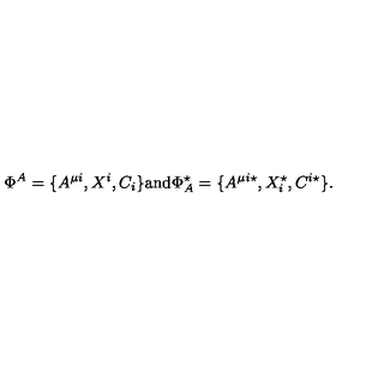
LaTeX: \Phi ^ { A } = \{ A ^ { \mu i } , X ^ { i } , C _ { i } \} \mathrm { a n d } \Phi _ { A } ^ { \star } = \{ A ^ { \mu i \star } , X _ { i } ^ { \star } , C ^ { i \star } \} .